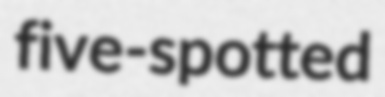
five-spotted